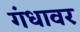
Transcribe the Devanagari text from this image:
गंधावर